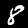
Label: 8